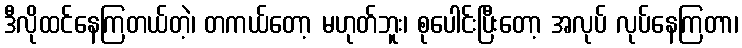
ဒီလိုထင်နေကြတယ်တဲ့၊ တကယ်တော့ မဟုတ်ဘူး၊ စုပေါင်းပြီးတော့ အလုပ် လုပ်နေကြတာ၊